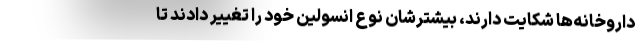
داروخانه‌ها شکایت دارند، بیشترشان نوع انسولین خود را تغییر دادند تا